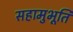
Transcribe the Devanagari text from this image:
सहामुभूति